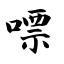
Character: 嘌